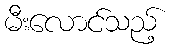
မီးလောင်သည့်